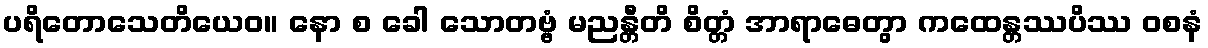
ပရိတောသေတိယေဝ။ နော စ ခေါ သောတဗ္ဗံ မညန္တီတိ စိတ္တံ အာရာဓေတွာ ကထေန္တဿပိဿ ဝစနံ